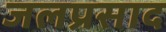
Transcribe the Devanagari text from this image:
जलप्रसाद